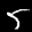
Label: 5